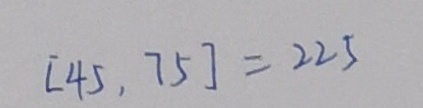
[ 4 5 , 7 5 ] = 2 2 5